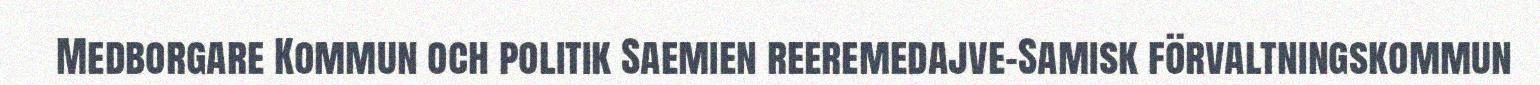
Medborgare Kommun och politik Saemien reeremedajve-Samisk förvaltningskommun